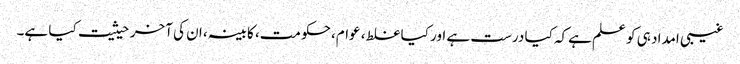
غیبی امداد ہی کو علم ہےکہ کیا درست ہے اور کیا غلط، عوام، حکومت، کابینہ، ان کی آخر حیثیت کیا ہے۔